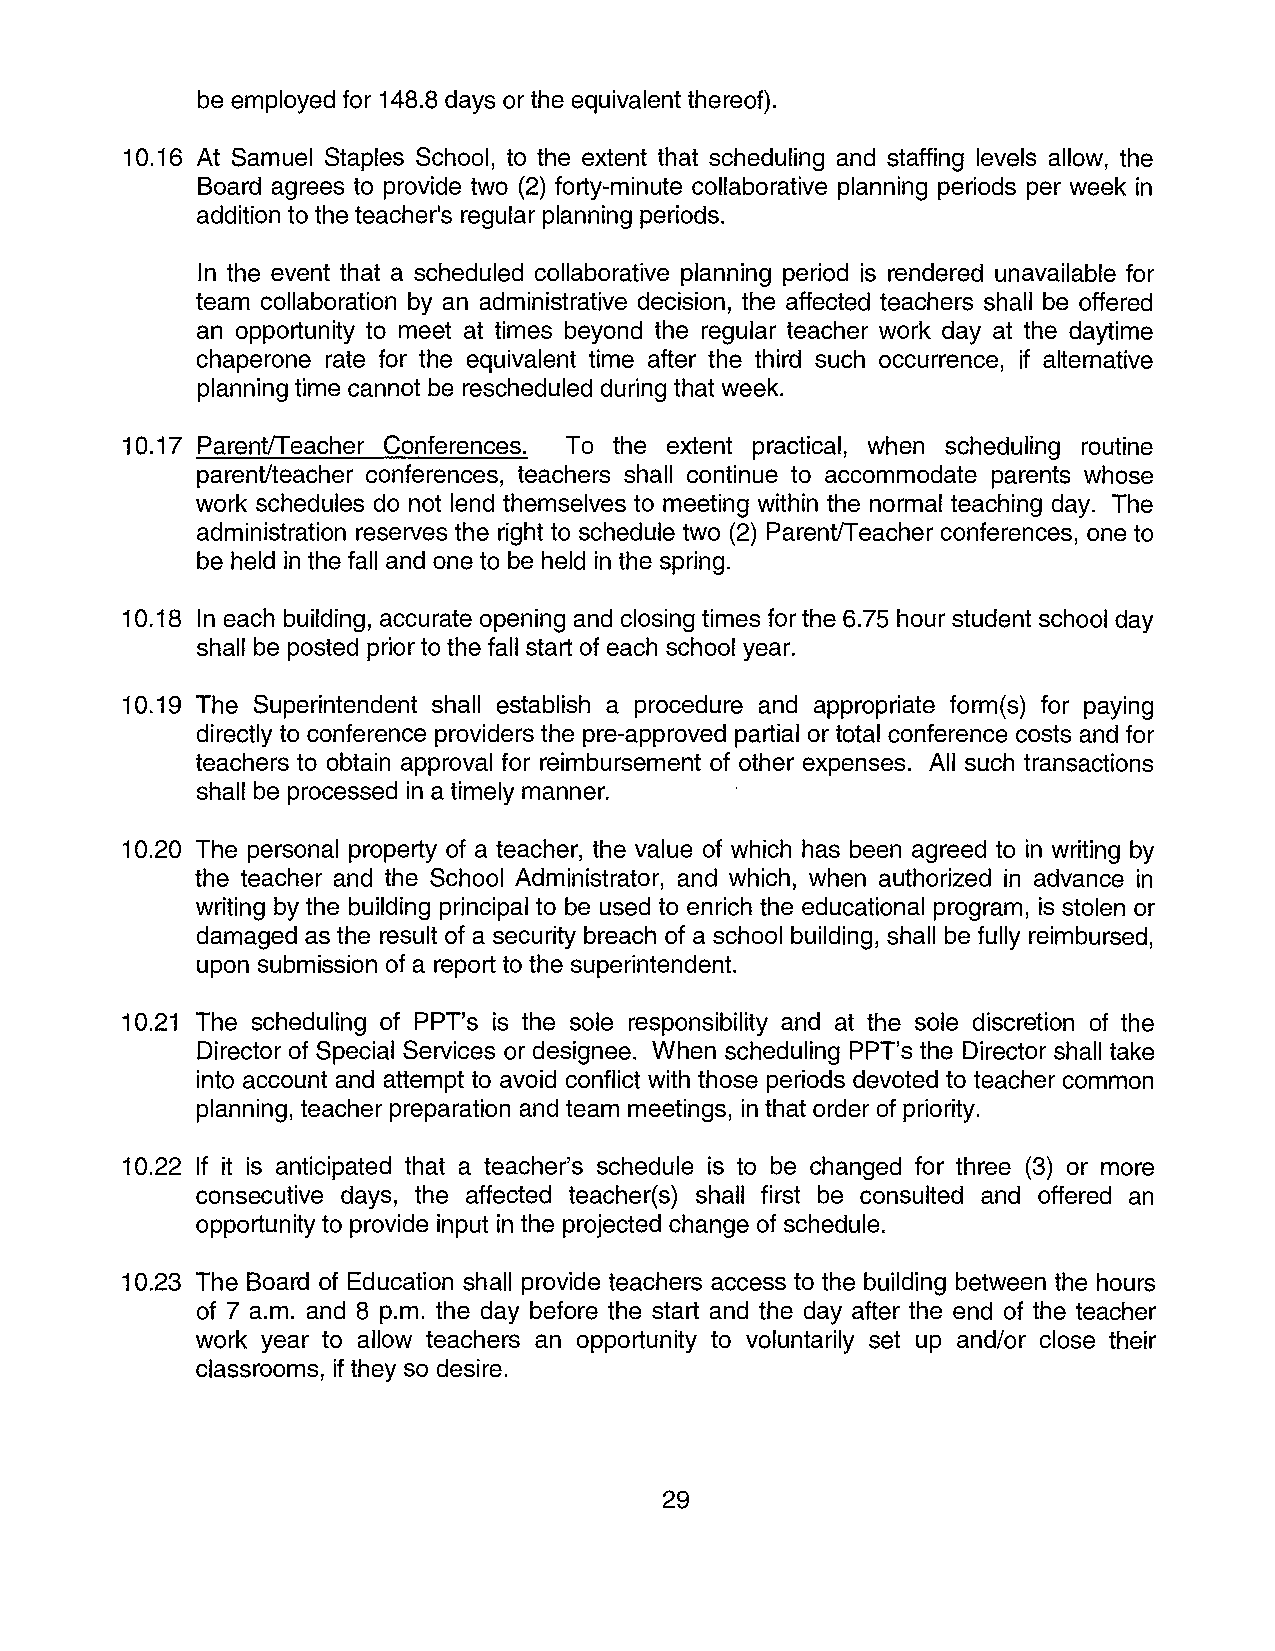
be employed for 148.8 days or the equivalent thereof).
 10.16 At Samuel Staples School, to the extent that scheduling and staffing levels allow, the
 Board agrees to provide two (2) forty-minute collaborative planning periods per week in
 addition to the teacher's regular planning periods.
 In the event that a scheduled collaborative planning period is rendered unavailable for
 team collaboration by an administrative decision, the affected teachers shall be offered
 an opportunity to meet at times beyond the regular teacher work day at the daytime
 chaperone rate for the equivalent time after the third such occurrence, if alternative
 planning time cannot be rescheduled during that week.
 10.17 Parent/Teache r Conferences. To the extent practical, when scheduling routine
 parent/teacher conferences, teachers shall continue to accommodate parents whose
 work schedules do not lend themselves to meeting within the normal teaching day. The
 administration reserves the right to schedule two (2) Parent/Teacher conferences, one to
 be held in the fall and one to be held in the spring.
 10.18 In each building, accurate opening and closing times for the 6.75 hour student school day
 shall be posted prior to the fall start of each school year.
 10.19 The Superintendent shall establish a procedure and appropriate form(s) for paying
 directly to conference providers the pre-approved partial or total conference costs and for
 teachers to obtain approval for reimbursement of other expenses. All such transactions
 shall be processed in a timely manner.
 10.20 The personal property of a teacher, the value of which has been agreed to in writing by
 the teacher and the School Administrator, and which, when authorized in advance in
 writing by the building principal to be used to enrich the educational program, is stolen or
 damaged as the result of a security breach of a school building, shall be fully reimbursed,
 upon submission of a report to the superintendent.
 10.21 The scheduling of PPT's is the sole responsibility and at the sole discretion of the
 Director of Special Services or designee. When scheduling PPT's the Director shall take
 into account and attempt to avoid conflict with those periods devoted to teacher common
 planning, teacher preparation and team meetings, in that order of priority.
 10.22 If it is anticipated that a teacher's schedule is to be changed for three (3) or more
 consecutive days, the affected teacher(s) shall first be consulted and offered an
 opportunity to provide input in the projected change of schedule.
 10.23 The Board of Education shall provide teachers access to the building between the hours
 of 7 a.m. and 8 p.m. the day before the start and the day after the end of the teacher
 work year to allow teachers an opportunity to voluntarily set up and/or close their
 classrooms, if they so desire.
 29